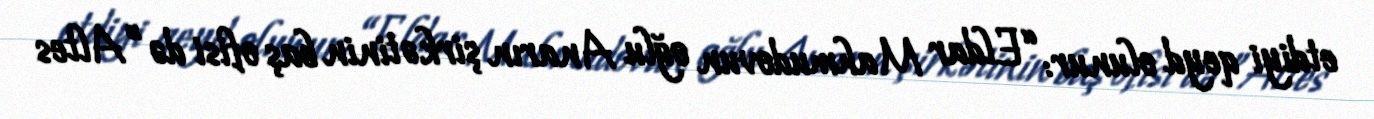
etdiyi qeyd olunur: “Eldar Mahmudovun oğlu Anarın şirkətinin baş ofisi də ”Altes